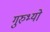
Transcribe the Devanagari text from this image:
गुरुभ्यो